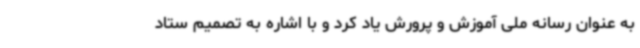
به عنوان رسانه ملی آموزش و پرورش یاد کرد و با اشاره به تصمیم ستاد